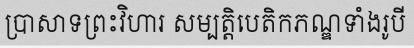
ប្រាសាទព្រះវិហារ សម្បត្តិបេតិកភណ្ឌទាំងរូបី